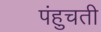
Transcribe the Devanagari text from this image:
पंहुचती